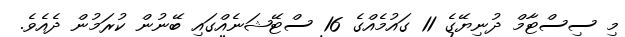
މި ސިސްޓާމް ދުނިޔޭގެ 11 ގައުމެއްގެ 16 ސްޓޭޝަނެއްގައި ބޭނުން ކުރަމުން ދެއެވެ.